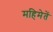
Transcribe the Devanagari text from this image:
महिमेतें